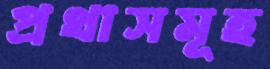
প্রথাসমূহ